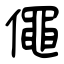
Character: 僶